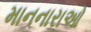
માનનારાઓ